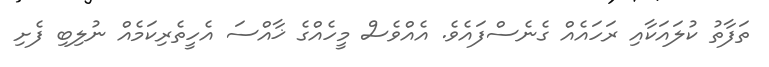
ތަފާތު ކުލައަކާއި ރަހައެއް ގެނެސްފައެވެ. އެއްވެސް މީހެއްގެ ޚާއްސަ އެހީތެރިކަމެއް ނުލިބި ފެށި